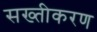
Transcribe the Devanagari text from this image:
सख्तीकरण